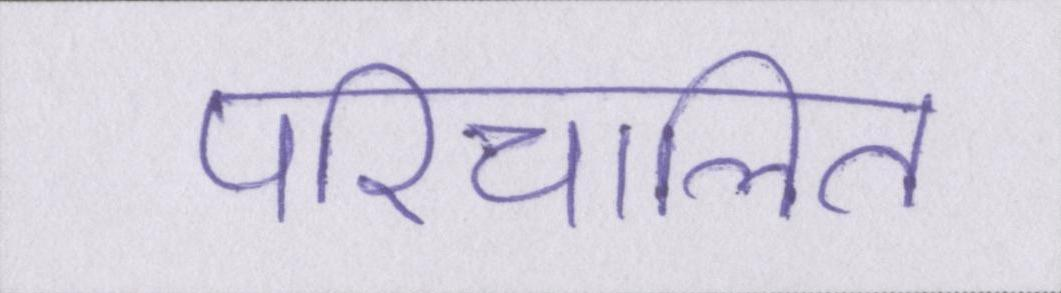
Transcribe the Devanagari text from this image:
परिचालित